Annual report of the Civil Veterinary Department, Bengal, for the year 1897-98 - 1897-1898
Year: 1897
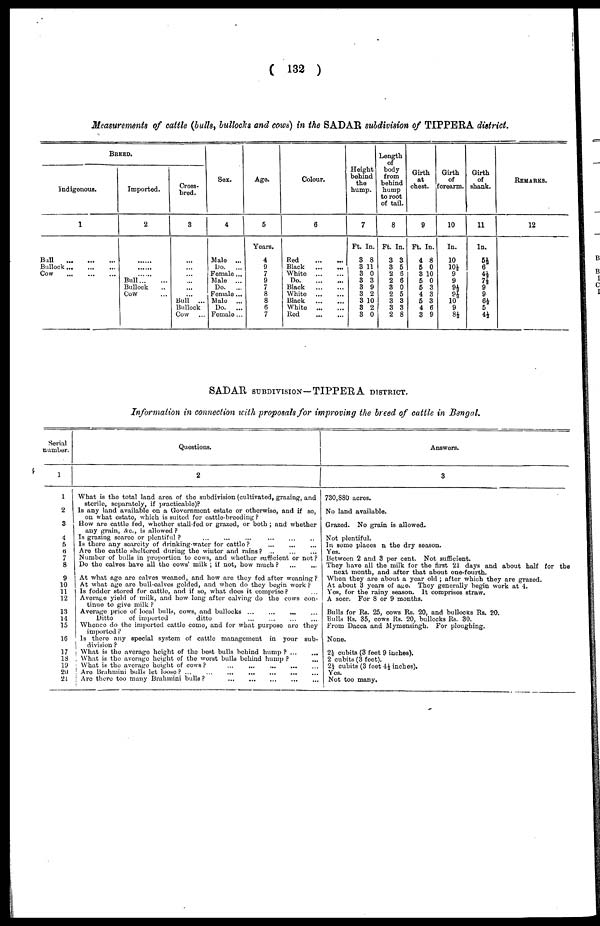
(132)
Measurements of cattle (bulls, bullocks and cows) in the SADAR subdivision of TIPPERA district.
BREED.
Indigenous.
1
Ball
...
...
...
Bullock
...
...
...
Cow
...
...
...
Imported.
2
......
......
......
Bull
...
...
Bullock ...
Cow ...
Cross-
bred.
3
...
...
...
... ...
... Bull ...
Bullock
Cow
...
Sex.
4
Male ...
Do.
...
Female ...
Male ...
Do.
...
Female ...
Male ...
Do.
...
Female ...
Age.
5
Years.
4
9
7
9
7
8
8
6
7
Colour.
6
Red
Black
White
Do.
Black
White
Black
White
Red
...
...
Height
behind
the
hump.
7
Ft. In.
3 8
3 11
3 0
3 3
3 9
3 2
3 10
3 2
3 0
Length
of
body
from
behind
hump
to root
of tail.
8
Ft. In.
3 3
3 5
2 6
2 6
3 0
2 5
3 8
3 3
2 8
Girth
at
chest.
9
Ft. In.
4 8
5 0
3 10
5 0
5 3
4 3
5 3
4 6
3 9
Girth
of
forearm.
10
In.
10
10½
9
9
9½ 9½
10
9
8½
Girth
of
shank.
11
In.
5½
6
4½
7½
9
9
6½
5
4½
REMARKS.
12
SADAR SUBDIVISON—TIPPERA DISTRICT.
Information in connection with proposals for improving the breed of cattle in Bengal.
Serial
number.
1
1
2
3
4
5
6
7
8
9
10
11
12
13
14
15
16
17
13
19
20
21
Questions.
2
What is the total land area of the subdivision (cultivated, grazing, and
sterile, separately, if practicable)?
Is any land available on a Government estate or otherwise, and if so,
on what estate, which is suited for cattle-breeding?
How are cattle fed, whether stall-fed or grazed, or both; and whether
any grain, Arc, is allowed?
Is grazing scarce or plentiful? ... ... ... ... ... ... ...
Is there any scarcity of drinking-water for cattle? ... ... ...
Are the cattle sheltered during the winter and rains? ... ... ...
Number of bulls in proportion to cows, and whether sufficient or not?
Do the calves have all the cows' milk; if not, how much?
...
...
At what age are calves weaned, and how are they fed after weaning?
At what age are bull-calves gelded, and when do they begin work?
Is fodder stored for cattle, and if so, what does it comprise? ... ...
Average yield of milk, and how long after calving do the cows con-
tinue to give milk?
Average price of local bulls, cows, and bullocks ...
...
...
Ditto
of imported
ditto ... ... ... ...
Whence do the imported cattle come, and for what purpose are they
imported?
Is there any special system of cattle management in your sub-
division?
What is the average height of the best bulls behind hump? ...
...
What is the average height of the worst bulls behind hump?
...
What is the average height of cows? ... ... ... ... ...
Are Brahmini bulls let looso? ... ... ... ... ... ...
Are there too many Brahmini bulls?
...
...
...
...
...
...
Answers.
3
730,880 acres.
No land available.
Grazed. No grain is allowed.
Not plentiful.
In some places n the dry season.
Yes.
Between 2 and 3 per cent. Not sufficient.
They have all the milk for the first 21 days and about half for the
next month, and after that about one-fourth.
When they are about a year old; after which they are grazed.
At about 3 years of age. They generally begin work at 4.
Yes, for the rainy season. It comprises straw.
A seer. For 8 or 9 months.
Bulls for Rs. 25, cows Rs. 20, and bullocks Rs. 20.
Bulls Rs. 35, cows Rs. 20, bullocks Rs. 30.
From Dacca and Mymensingh. For ploughing.
None.
2½ cubits (3 feet 9 inches).
2 cubits (3 feet).
21/4 cubits (3 feet 4½ inches).
Yes.
Not too many.